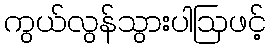
ကွယ်လွန်သွားပါဩဖင့်